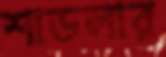
শাডলার